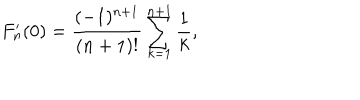
F _ { n } ^ { \prime } ( 0 ) = \frac { ( - 1 ) ^ { n + 1 } } { ( n + 1 ) ! } \sum _ { k = 1 } ^ { n + 1 } \frac 1 k ,